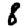
Digit: 8